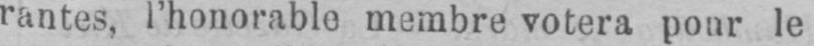
rantes, l’honorable membre votera pour le